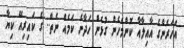
އަހަރެންގެ އާއިލާއާ ކޮންމެހެން ގުޅެން ހަދާނެ ކަމެއް ނެތް.. ގެ ކައިރިއޭ ކިޔާ